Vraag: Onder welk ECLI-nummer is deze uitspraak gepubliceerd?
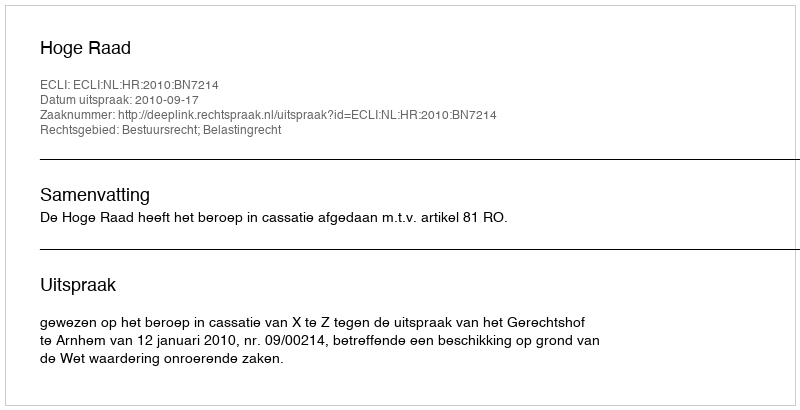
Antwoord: ECLI:NL:HR:2010:BN7214